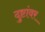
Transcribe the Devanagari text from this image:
दुष्टांवर